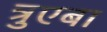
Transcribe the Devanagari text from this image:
त्रुएबा